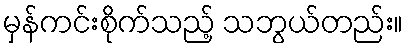
မှန်ကင်းစိုက်သည့် သဘွယ်တည်း။